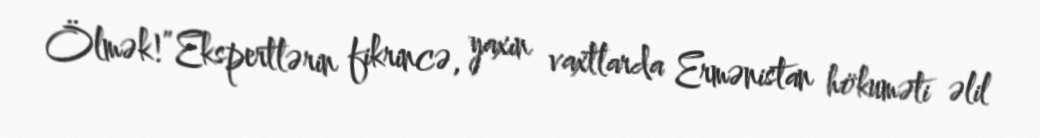
Ölmək!”Ekspertlərin fikrincə, yaxın vaxtlarda Ermənistan hökuməti əlil